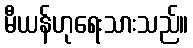
မီယန်ဟုရေးသားသည်။